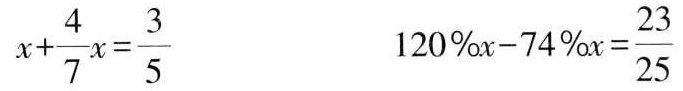
$$x + \frac { 4 } { 7 } x = \frac { 3 } { 5 }$$ $$1 2 0 % x - 7 4 % x = \frac { 2 3 } { 2 5 }$$